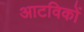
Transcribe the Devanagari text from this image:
आटविकों